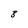
Character: 8